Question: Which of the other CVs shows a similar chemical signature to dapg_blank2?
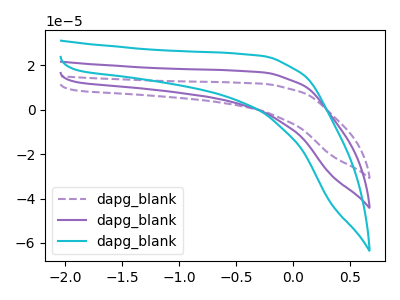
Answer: <think>The purple dashed curve "dapg_blank1" has no peaks. The purple curve "dapg_blank2" has no peaks. The cyan curve "dapg_blank3" has no peaks.
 Neither "dapg_blank1" or "dapg_blank2" have any peaks. Neither "dapg_blank1" or "dapg_blank3" have any peaks. Neither "dapg_blank2" or "dapg_blank3" have any peaks.</think>
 <answer>"dapg_blank2" and "dapg_blank3" have a similar shape to "dapg_blank1".</answer>
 <eval>"dapg_blank2" "dapg_blank3"</eval>